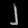
Digit: ၂